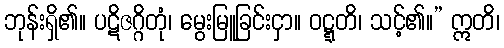
ဘုန်းရှိ၏။ ပဋိဇဂ္ဂိတုံ၊ မွေးမြူခြင်းငှာ။ ဝဋ္ဋတိ၊ သင့်၏။” ဣတိ၊